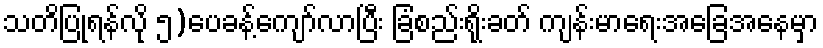
သတိပြုရန်လို ၅)ပေခန့်ကျော်လာပြီး ခြံစည်းရိုးခတ် ကျန်းမာရေးအခြေအနေမှာ